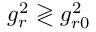
g _ { r } ^ { 2 } \gtrless g _ { r 0 } ^ { 2 }